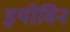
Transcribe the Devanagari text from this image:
इयोविन